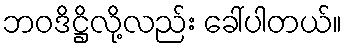
ဘဝဒိဋ္ဌိလို့လည်း ခေါ်ပါတယ်။